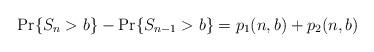
LaTeX: \begin{align*} \Pr\{S_{n} > b\} - \Pr\{S_{n-1} > b\} = p_1(n,b) + p_2(n,b) \end{align*}